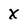
Character: X